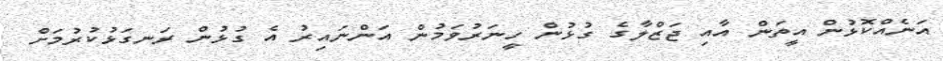
އަނެއްކޮޅުން އީތަން އާއި ޖަޒްލާގެ ގުޅުން ހީނަރުވަމުން އަންނައިރު އެ ގުޅުން ރަނގަޅުކުރުމަށް